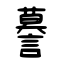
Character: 謩